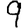
Digit: 9